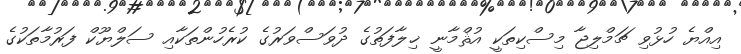
އިއްޔެ ހުޅުވި ޗަމްލިޖާ މިސްކިތަކީ އުޘްމާނީ ޚިލާފަތުގެ ދުވަސްވަރުގެ ކުރެހުންތަކާއި ސަލްޔޫކް ފަރުމާތަކުގެ